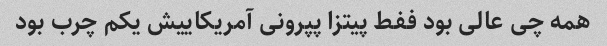
همه چی عالی بود ففط پیتزا پپرونی آمریکاییش یکم چرب بود